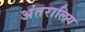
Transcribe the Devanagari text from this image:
अंतरालिय